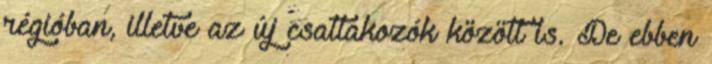
régióban, illetve az új csatlakozók között is. De ebben